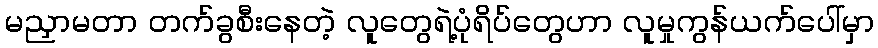
မညှာမတာ တက်ခွစီးနေတဲ့ လူတွေရဲ့ပုံရိပ်တွေဟာ လူမှုကွန်ယက်ပေါ်မှာ